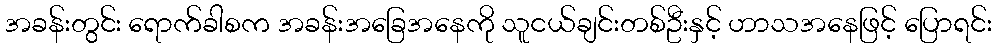
အခန်းတွင်း ရောက်ခါစက အခန်းအခြေအနေကို သူငယ်ချင်းတစ်ဦးနှင့် ဟာသအနေဖြင့် ပြောရင်း